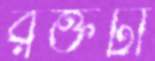
রক্তটা